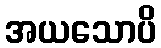
အယသောပိ